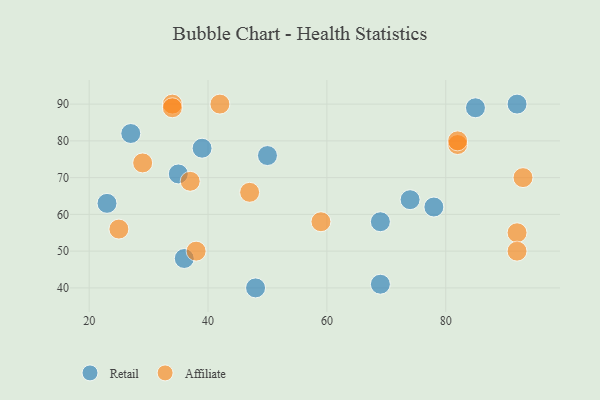
{"axis": {"x": "GDP", "y": "Life Expectancy"}, "legend": ["Affiliate", "Retail"], "data": [{"x": "78", "y": 62, "type": "Retail"}, {"x": "69", "y": 58, "type": "Retail"}, {"x": "74", "y": 64, "type": "Retail"}, {"x": "48", "y": 40, "type": "Retail"}, {"x": "35", "y": 71, "type": "Retail"}, {"x": "69", "y": 41, "type": "Retail"}, {"x": "23", "y": 63, "type": "Retail"}, {"x": "27", "y": 82, "type": "Retail"}, {"x": "36", "y": 48, "type": "Retail"}, {"x": "39", "y": 78, "type": "Retail"}, {"x": "50", "y": 76, "type": "Retail"}, {"x": "92", "y": 90, "type": "Retail"}, {"x": "85", "y": 89, "type": "Retail"}, {"x": "25", "y": 56, "type": "Affiliate"}, {"x": "82", "y": 79, "type": "Affiliate"}, {"x": "82", "y": 80, "type": "Affiliate"}, {"x": "92", "y": 55, "type": "Affiliate"}, {"x": "59", "y": 58, "type": "Affiliate"}, {"x": "37", "y": 69, "type": "Affiliate"}, {"x": "47", "y": 66, "type": "Affiliate"}, {"x": "42", "y": 90, "type": "Affiliate"}, {"x": "92", "y": 50, "type": "Affiliate"}, {"x": "38", "y": 50, "type": "Affiliate"}, {"x": "34", "y": 90, "type": "Affiliate"}, {"x": "93", "y": 70, "type": "Affiliate"}, {"x": "34", "y": 89, "type": "Affiliate"}, {"x": "29", "y": 74, "type": "Affiliate"}]}